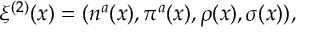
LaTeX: \xi ^ { ( 2 ) } ( x ) = ( n ^ { a } ( x ) , \pi ^ { a } ( x ) , \rho ( x ) , \sigma ( x ) ) ,